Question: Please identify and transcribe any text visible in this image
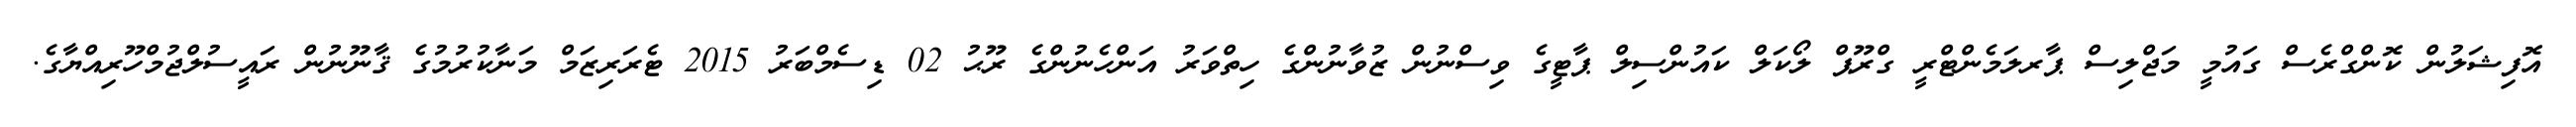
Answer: އޮފިޝަލުން ކޮންގްރެސް ގައުމީ މަޖްލިސް ޕާރލަމެންޓްރީ ގްރޫޕް ލޯކަލް ކައުންސިލް ޕާޓީގެ ވިސްނުން ޒުވާނުންގެ ހިތްވަރު އަންހެނުންގެ ރޫޙު 02 ޑިސެމްބަރު 2015 ޓެރަރިޒަމް މަނާކުރުމުގެ ޤާނޫނުން ރައީސުލްޖުމްހޫރިއްޔާގެ.